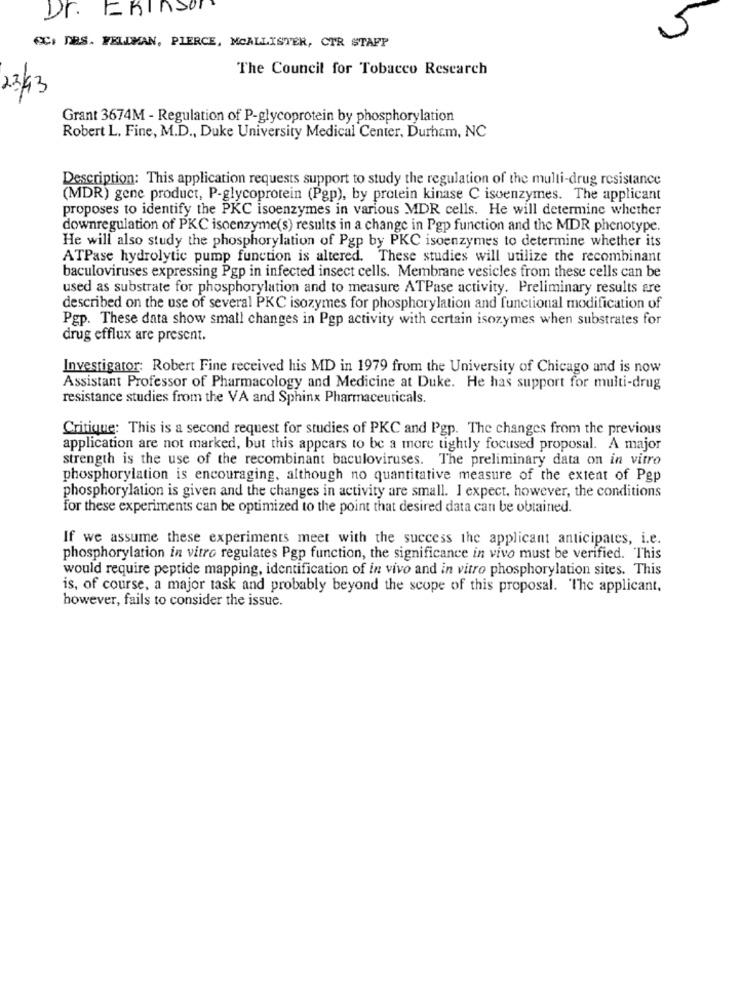
Dr. ERInSon
5
ec, DBS. FELDMAN, PIERCE, MCALLISTER, CTR STAPP
The Council for Tobacco Research
23/43
Grant 3674M - Regulation of P-glycoprotein by phosphorylation
Robert L. Fine, M.D ., Duke University Medical Center, Durham, NC
Description: This application requests support to study the regulation of the multi-drug resistance
(MDR) gene product, P-glycoprotein (Pgp), by protein kinase C isoenzymes. The applicant
proposes to identify the PKC isoenzymes in various MDR cells. He will determine whether
downregulation of PKC isoenzyme(s) results in a change in Pgp function and the MDR phenotype.
He will also study the phosphorylation of Pgp by PKC isoenzymes to determine whether its
ATPase hydrolytic pump function is altered. These studies will utilize the recombinant
baculoviruses expressing Pgp in infected insect cells. Membrane vesicles from these cells can be
used as substrate for phosphorylation and to measure ATPase activity. Preliminary results are
described on the use of several PKC isozymes for phosphorylation and functional modification of
Pgp. These data show small changes in Pgp activity with certain isozymes when substrates for
drug efflux are present.
Investigator: Robert Fine received his MD in 1979 from the University of Chicago and is now
Assistant Professor of Pharmacology and Medicine at Duke. He has support for multi-drug
resistance studies from the VA and Sphinx Pharmaceuticals.
Critique: This is a second request for studies of PKC and Pgp. The changes from the previous
application are not marked, but this appears to be a more tightly focused proposal. A major
strength is the use of the recombinant baculoviruses. The preliminary data on in vitro
phosphorylation is encouraging, although no quantitative measure of the extent of Pgp
phosphorylation is given and the changes in activity are small. I expect, however, the conditions
for these experiments can be optimized to the point that desired data can be obtained.
If we assume these experiments meet with the success the applicant anticipates, i.e.
phosphorylation in vitro regulates Pgp function, the significance in vivo must be verified. This
would require peptide mapping, identification of in vivo and in vitro phosphorylation sites. This
is, of course, a major task and probably beyond the scope of this proposal. The applicant.
however, fails to consider the issue.